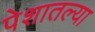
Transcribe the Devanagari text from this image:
पेशातल्या